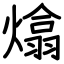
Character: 熻